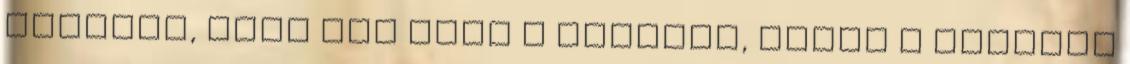
tetszik, hogy nem csak a pozitív, hanem a negatív